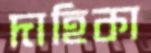
দাহিকা